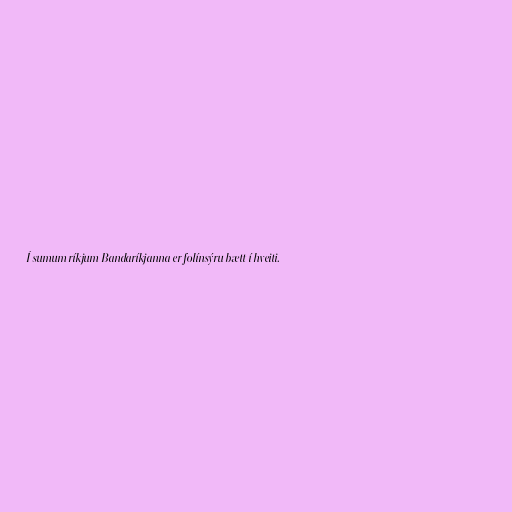
Í sumum ríkjum Bandaríkjanna er folínsýru bætt í hveiti.